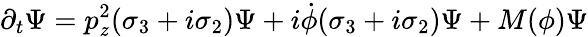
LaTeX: \partial_{t}\Psi=p_{\mathit{z}}^{2}(\sigma_{3}+i\sigma_{2})\Psi+i\dot{{\phi}}(\sigma_{3}+i\sigma_{2})\Psi+M(\phi)\Psi